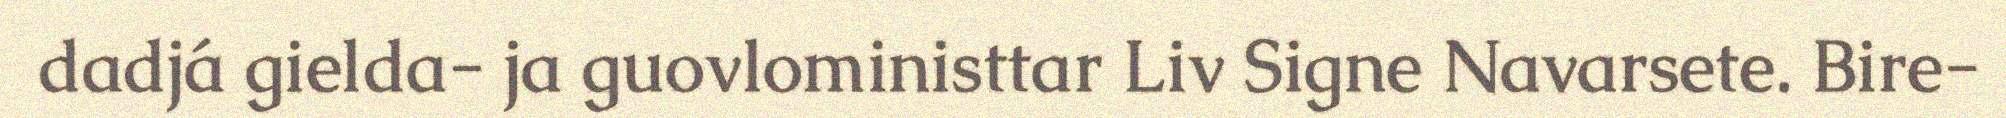
dadjá gielda- ja guovloministtar Liv Signe Navarsete. Bire-